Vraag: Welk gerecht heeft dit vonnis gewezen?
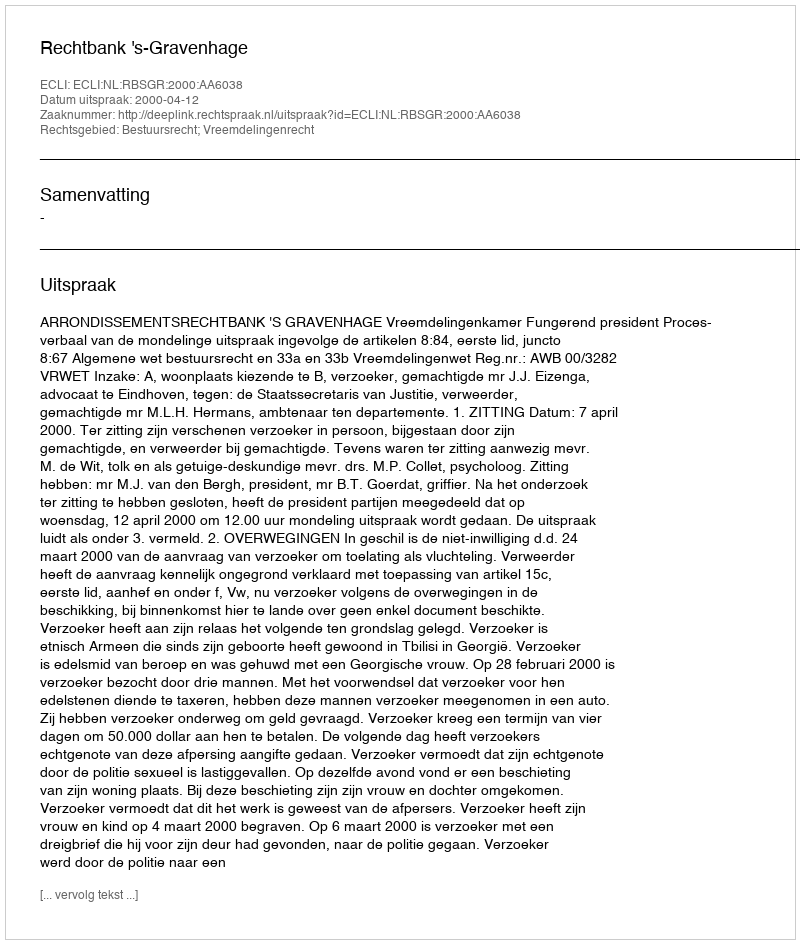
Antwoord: Rechtbank 's-Gravenhage